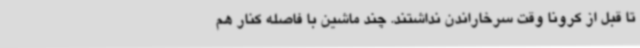
تا قبل از کرونا وقت سرخاراندن نداشتند. چند ماشین با فاصله کنار هم